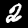
Digit: 2